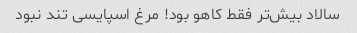
سالاد بیش‌تر فقط کاهو بود! مرغ اسپایسی تند نبود